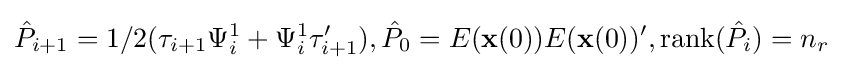
{\hat {P}}_{i+1}=1/2(\tau _{i+1}\Psi _{i}^{1}+\Psi _{i}^{1}\tau '_{i+1}),{\hat {P}}_{0}=E({\mathbf {x} }(0))E({\mathbf {x} }(0))',\operatorname {rank} ({\hat {P}}_{i})=n_{r}